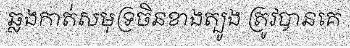
ឆ្លងកាត់សមុទ្រចិនខាងត្បូង ត្រូវបានគេ